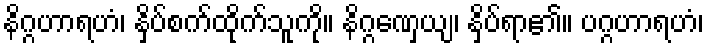
နိဂ္ဂဟာရဟံ၊ နှိပ်စက်ထိုက်သူကို။ နိဂ္ဂဏှေယျ၊ နှိပ်ရာ၏။ ပဂ္ဂဟာရဟံ၊